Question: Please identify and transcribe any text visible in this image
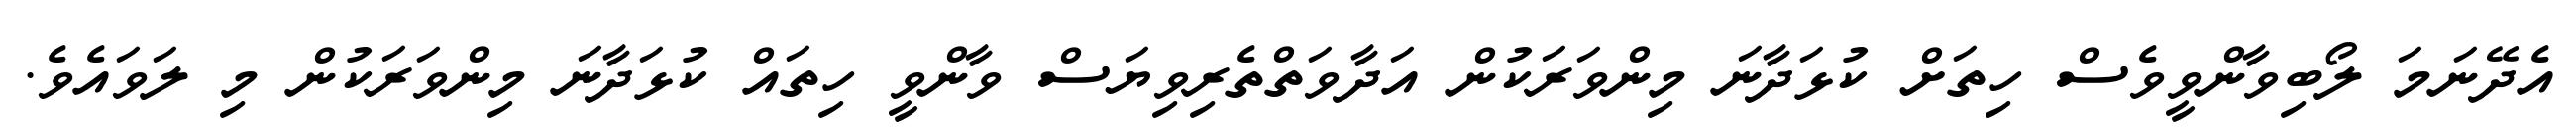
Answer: އެދޭނަމަ ލޯބިވާންވީވެސް ހިތަށް ކުޅަދާނަ މިންވަރަކުން އަދާވަތްތެރިވިޔަސް ވާންވީ ހިތައް ކުޅަދާނަ މިންވަރަކުން މި ލަވައެވެ.